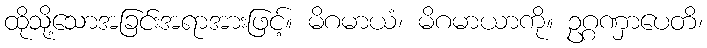
ထိုသို့သောအခြင်းအရာအားဖြင့်။ မိဂမာယံ၊ မိဂမာယာကို။ ဥဂ္ဂဏှာပေတိ၊